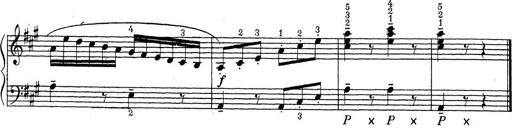
Title: ÄŒeskÃ© Sonatiny
Composer: Various